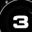
Digit: 3